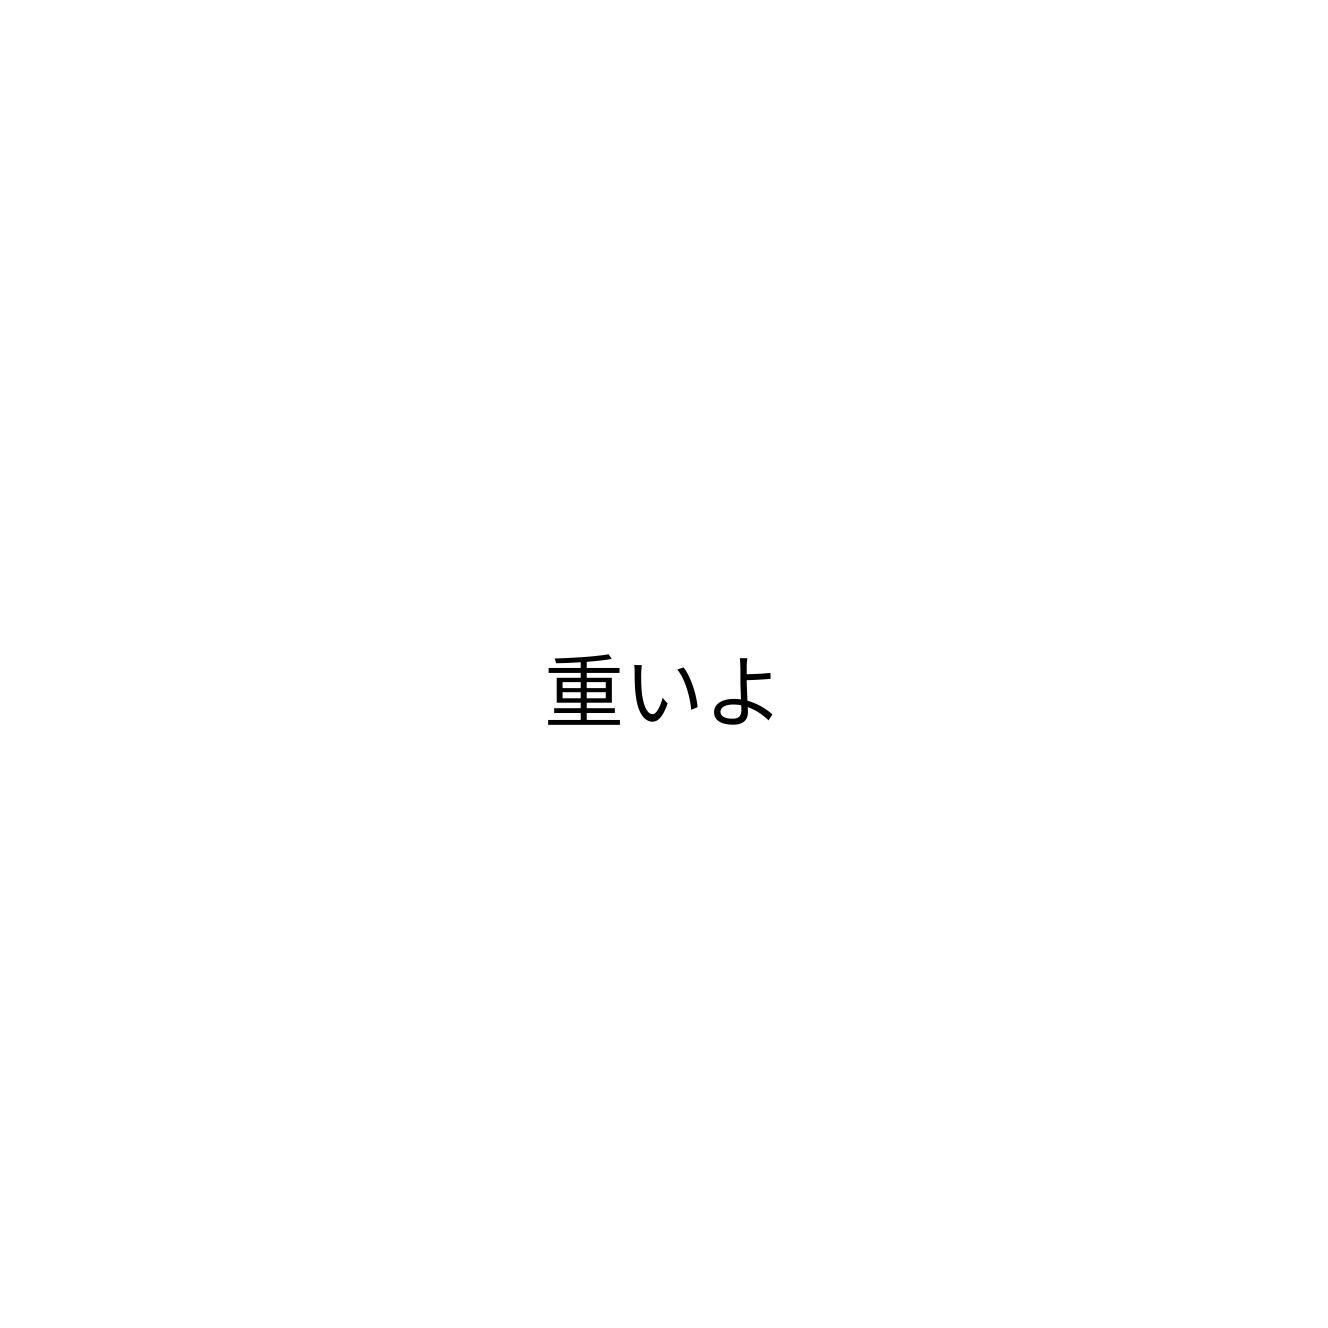
重いよ